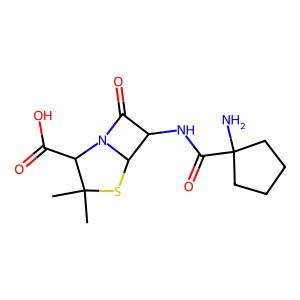
SMILES: CC1(C)SC2C(NC(=O)C3(N)CCCC3)C(=O)N2C1C(=O)O
Inhibits HIV replication: No